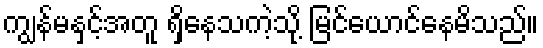
ကျွန်မနှင့်အတူ ရှိနေသကဲ့သို့ မြင်ယောင်နေမိသည်။